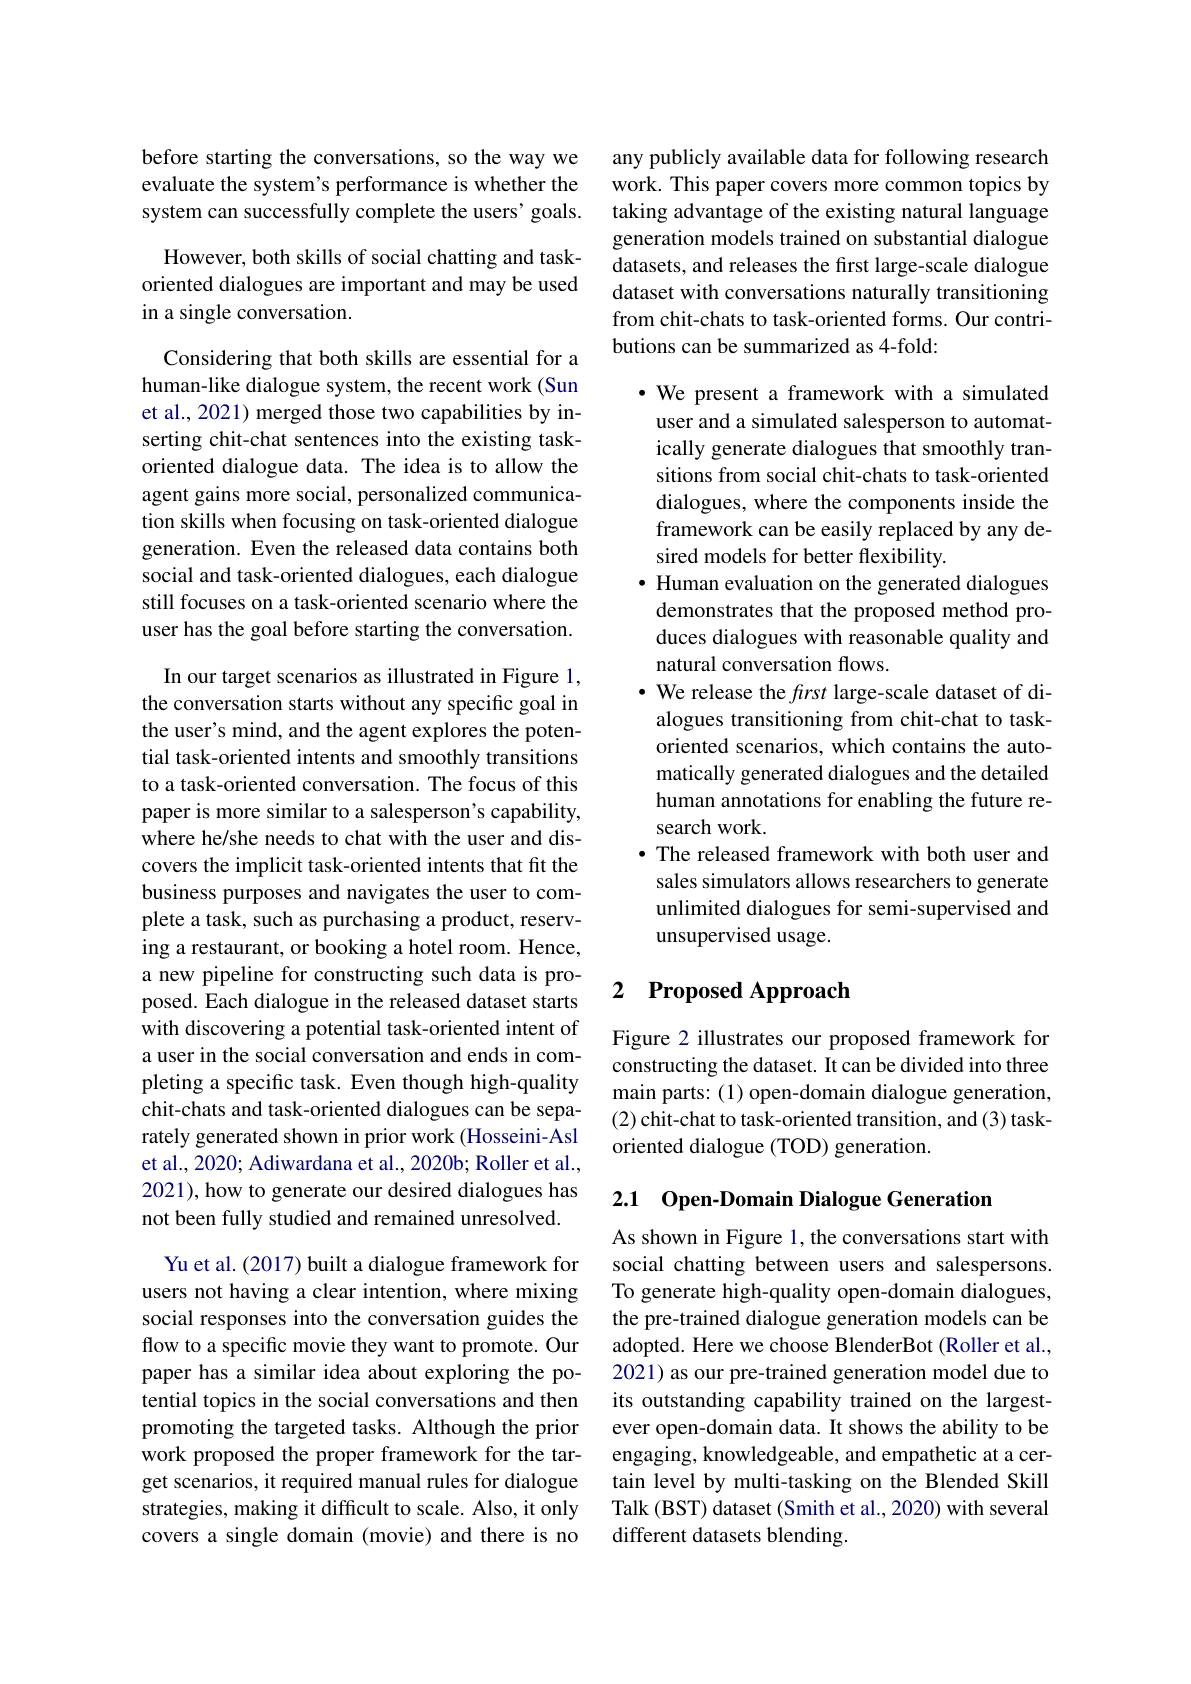
before starting the conversations, so the way we evaluate the system's performance is whether the system can successfully complete the users' goals.

However, both skills of social chatting and taskoriented dialogues are important and may be used in a single conversation.

Considering that both skills are essential for a human-like dialogue system, the recent work (Sun et al., 2021) merged those two capabilities by inserting chit-chat sentences into the existing taskoriented dialogue data. The idea is to allow the agent gains more social, personalized communication skills when focusing on task-oriented dialogue generation. Even the released data contains both social and task-oriented dialogues, each dialogue still focuses on a task-oriented scenario where the user has the goal before starting the conversation.

In our target scenarios as illustrated in Figure 1, the conversation starts without any specific goal in the user's mind, and the agent explores the potential task-oriented intents and smoothly transitions to a task-oriented conversation. The focus of this paper is more similar to a salesperson's capability, where he/she needs to chat with the user and discovers the implicit task-oriented intents that fit the business purposes and navigates the user to complete a task, such as purchasing a product, reserving a restaurant, or booking a hotel room. Hence, a new pipeline for constructing such data is proposed. Each dialogue in the released dataset starts with discovering a potential task-oriented intent of a user in the social conversation and ends in completing a specific task. Even though high-quality chit-chats and task-oriented dialogues can be separately generated shown in prior work (Hosseini-Asl et al., 2020; Adiwardana et al., 2020b; Roller et al., 2021), how to generate our desired dialogues has not been fully studied and remained unresolved.
Yu et al. (2017) built a dialogue framework for users not having a clear intention, where mixing social responses into the conversation guides the flow to a specific movie they want to promote. Our

paper has a similar idea about exploring the potential topics in the social conversations and then promoting the targeted tasks. Although the prior work proposed the proper framework for the target scenarios, it required manual rules for dialogue strategies, making it difficult to scale. Also, it only covers a single domain (movie) and there is no

any publicly available data for following research work. This paper covers more common topics by taking advantage of the existing natural language generation models trained on substantial dialogue datasets, and releases the first large-scale dialogue dataset with conversations naturally transitioning from chit-chats to task-oriented forms. Our contributions can be summarized as 4-fold:

$\bullet$ We present a framework with a simulated user and a simulated salesperson to automatically generate dialogues that smoothly transitions from social chit-chats to task-oriented dialogues, where the components inside the framework can be easily replaced by any desired models for better flexibility.
$\bullet$ Human evaluation on the generated dialogues demonstrates that the proposed method produces dialogues with reasonable quality and natural conversation flows.
$\cdot$ We release the first large-scale dataset of dialogues transitioning from chit-chat to taskoriented scenarios, which contains the automatically generated dialogues and the detailed human annotations for enabling the future research work.
· The released framework with both user and sales simulators allows researchers to generate unlimited dialogues for semi-supervised and unsupervised usage.

# 2 Proposed Approach

Figure 2 illustrates our proposed framework for constructing the dataset. It can be divided into three main parts: (1) open-domain dialogue generation, (2) chit-chat to task-oriented transition, and (3) taskoriented dialogue (TOD) generation.

2.1 Open-Domain Dialogue Generation

As shown in Figure 1, the conversations start with social chatting between users and salespersons. To generate high-quality open-domain dialogues, the pre-trained dialogue generation models can be adopted. Here we choose BlenderBot (Roller et al., 2021) as our pre-trained generation model due to its outstanding capability trained on the largestever open-domain data. It shows the ability to be engaging, knowledgeable, and empathetic at a certain level by multi-tasking on the Blended Skill Talk (BST) dataset (Smith et al., 2020) with several different datasets blending.